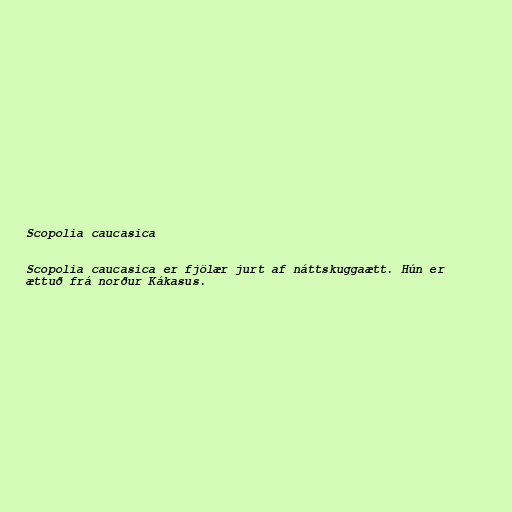
Scopolia caucasica

Scopolia caucasica er fjölær jurt af náttskuggaætt. Hún er
ættuð frá norður Kákasus.